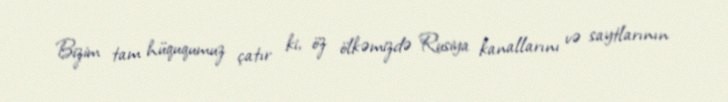
Bizim tam hüququmuz çatır ki, öz ölkəmizdə Rusiya kanallarını və saytlarının